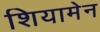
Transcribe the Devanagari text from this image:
शियामेन